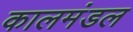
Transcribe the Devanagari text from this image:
कालमंडल